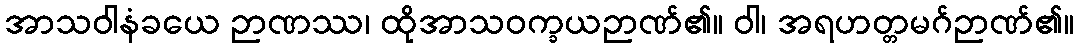
အာသဝါနံခယေ ဉာဏဿ၊ ထိုအာသဝက္ခယဉာဏ်၏။ ဝါ၊ အရဟတ္တမဂ်ဉာဏ်၏။